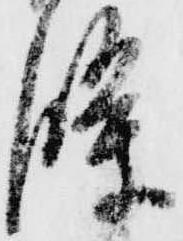
条